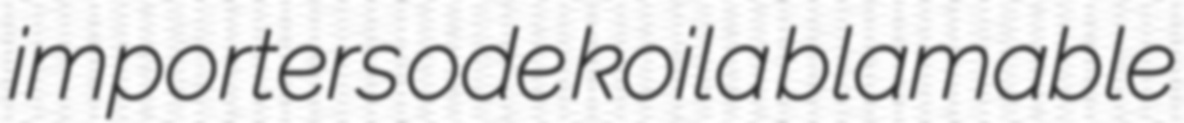
importers ode koila blamable